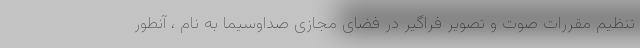
تنظیم مقررات صوت و تصویر فراگیر در فضای مجازی صداوسیما به نام ، آنطور